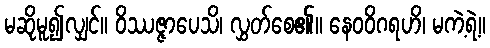
မဆိုမူ၍လျှင်။ ဝိဿဇ္ဇာပေသိ၊ လွှတ်စေ၏။ နေဝဝိဂရဟိ၊ မကဲ့ရဲ့။